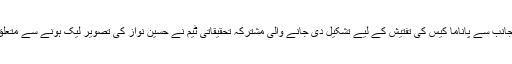
سپریم کورٹ کی جانب سے پاناما کیس کی تفتیش کے لیے تشکیل دی جانے والی مشترکہ تحقیقاتی ٹیم نے حسین نواز کی تصویر لیک ہونے سے متعلق جواب تیار کرلیا۔